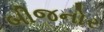
બીજનોર